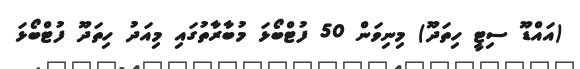
(އައްޑޫ ސިޓީ ހިތަދޫ) މިނިވަން 50 ފުޓްބޯޅަ މުބާރާތުގައި މިއަދު ހިތަދޫ ފުޓްބޯޅަ